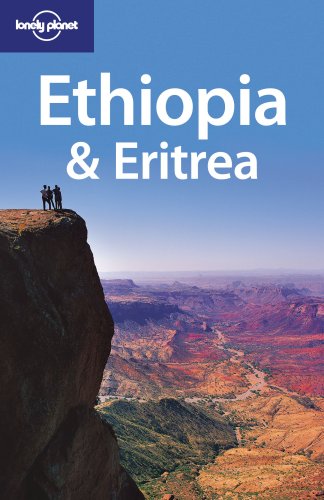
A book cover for Lonely Planet Ethiopia & Eritrea (Country Travel Guide); Jean-Bernard Carillet; Travel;